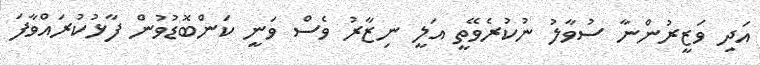
އަދި ވަޒީރުންނާ ސުވާލު ނުކުރެވޭތީ އަލީ ނިޒާރު ވެސް ވަނީ ކަންބޮޑުވުން ފާޅުކުރައްވާފަ